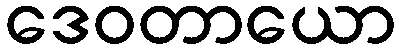
ဒေဝတာယော